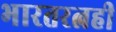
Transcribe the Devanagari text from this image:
भारतरत्नही